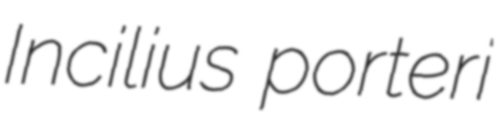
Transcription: Incilius porteri